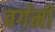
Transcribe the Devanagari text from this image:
वर्गमी